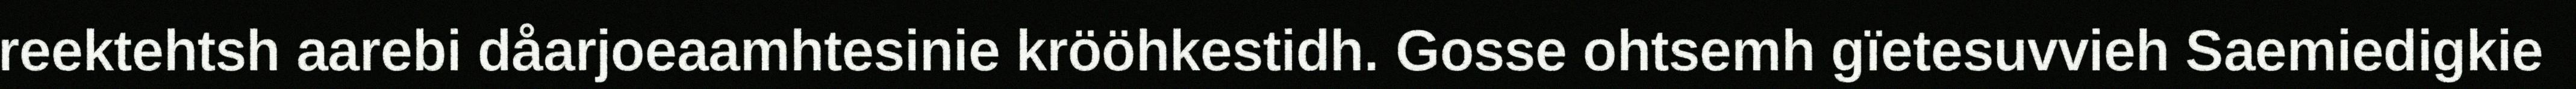
reektehtsh aarebi dåarjoeaamhtesinie krööhkestidh. Gosse ohtsemh gïetesuvvieh Saemiedigkie